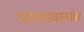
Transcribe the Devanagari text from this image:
पाण्डवानांश्च